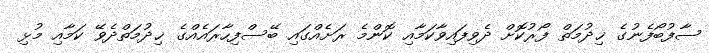
ސާފުބޯފެނުގެ ޚިދުމަތް ފޯރުކޮށް ދެވިފައިވާކަމާއި ކޮންމެ ރަށެއްގައި ބޭސްފިހާރައެއްގެ ޚިދުމަތްދެވޭ ކަމާއި މުޅި